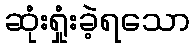
ဆုံးရှုံးခဲ့ရသော